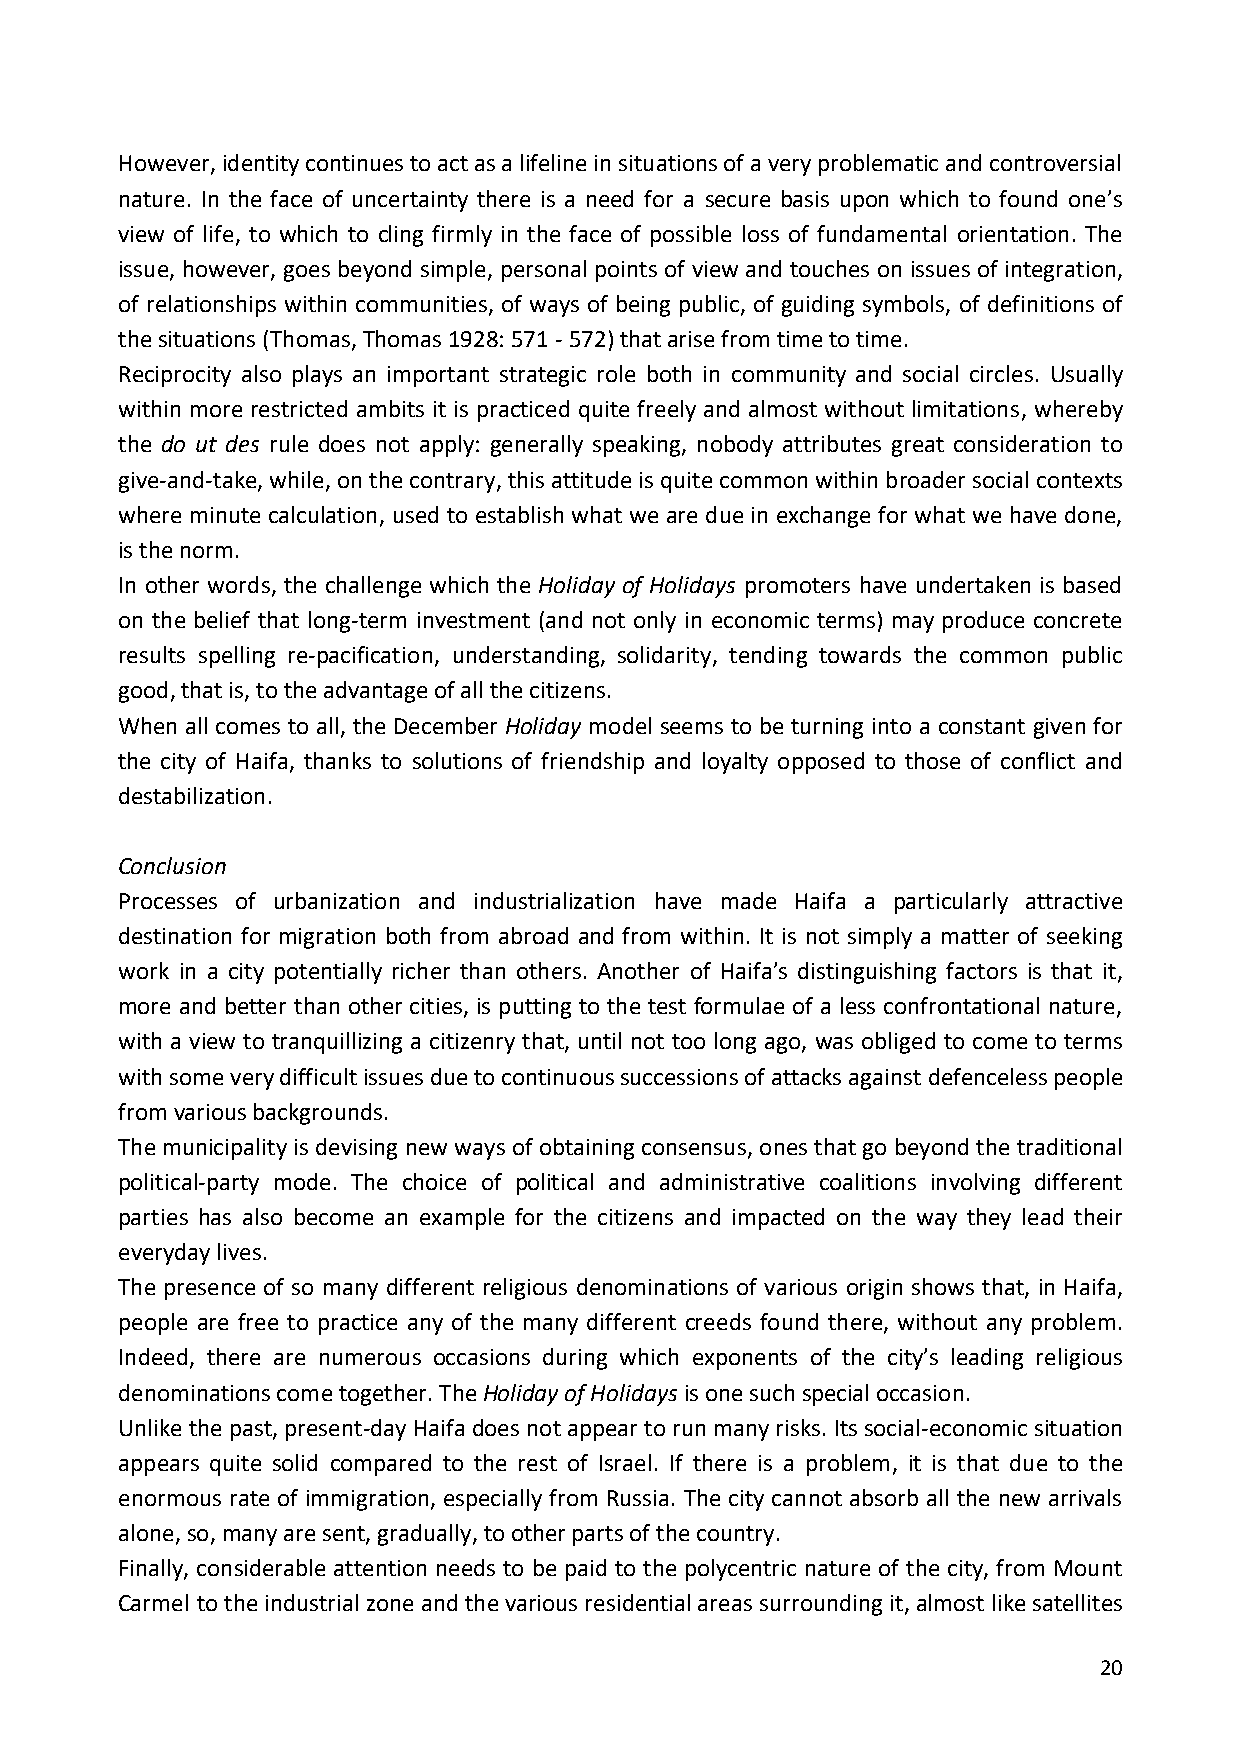
However, identity continues to act as a lifeline in situations of a very problematic and controversial
 nature. In the face of uncertainty there is a need for a secure basis upon which to found one’s
 view of life, to which to cling firmly in the face of possible loss of fundamental orientation. The
 issue, however, goes beyond simple, personal points of view and touches on issues of integration,
 of relationships within communities, of ways of being public, of guiding symbols, of definitions of
 the situations (Thomas, Thomas 1928: 571 - 572) that arise from time to time.
 Reciprocity also plays an important strategic role both in community and social circles. Usually
 within more restricted ambits it is practiced quite freely and almost without limitations, whereby
 the do ut des rule does not apply: generally speaking, nobody attributes great consideration to
 give-and-take, while, on the contrary, this attitude is quite common within broader social contexts
 where minute calculation, used to establish what we are due in exchange for what we have done,
 is the norm.
 In other words, the challenge which the Holiday of Holidays promoters have undertaken is based
 on the belief that long-term investment (and not only in economic terms) may produce concrete
 results spelling re-pacification, understanding, solidarity, tending towards the common public
 good, that is, to the advantage of all the citizens.
 When all comes to all, the December Holiday model seems to be turning into a constant given for
 the city of Haifa, thanks to solutions of friendship and loyalty opposed to those of conflict and
 destabilization.
 Conclusion
 Processes of urbanization and industrialization have made Haifa a particularly attractive
 destination for migration both from abroad and from within. It is not simply a matter of seeking
 work in a city potentially richer than others. Another of Haifa’s distinguishing factors is that it,
 more and better than other cities, is putting to the test formulae of a less confrontational nature,
 with a view to tranquillizing a citizenry that, until not too long ago, was obliged to come to terms
 with some very difficult issues due to continuous successions of attacks against defenceless people
 from various backgrounds.
 The municipality is devising new ways of obtaining consensus, ones that go beyond the traditional
 political-party mode. The choice of political and administrative coalitions involving different
 parties has also become an example for the citizens and impacted on the way they lead their
 everyday lives.
 The presence of so many different religious denominations of various origin shows that, in Haifa,
 people are free to practice any of the many different creeds found there, without any problem.
 Indeed, there are numerous occasions during which exponents of the city’s leading religious
 denominations come together. The Holiday of Holidays is one such special occasion.
 Unlike the past, present-day Haifa does not appear to run many risks. Its social-economic situation
 appears quite solid compared to the rest of Israel. If there is a problem, it is that due to the
 enormous rate of immigration, especially from Russia. The city cannot absorb all the new arrivals
 alone, so, many are sent, gradually, to other parts of the country.
 Finally, considerable attention needs to be paid to the polycentric nature of the city, from Mount
 Carmel to the industrial zone and the various residential areas surrounding it, almost like satellites
 20